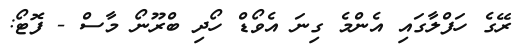
ރޭގެ ހަފްލާގައި އެންމެ ގިނަ އެވޯޑް ހޯދި ބްރޫނޯ މާސް - ފޮޓޯ: